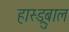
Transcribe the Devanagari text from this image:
हास्ड्रुबाल